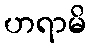
ဟရာမိ